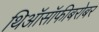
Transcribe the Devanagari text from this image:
थिऑसॉफीबरोबर